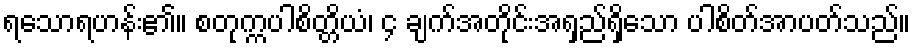
ရသောရဟန်း၏။ စတုက္ကပါစိတ္တိယံ၊ ၄ ချက်အတိုင်းအရှည်ရှိသော ပါစိတ်အာပတ်သည်။